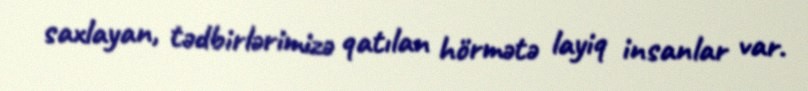
saxlayan, tədbirlərimizə qatılan hörmətə layiq insanlar var.